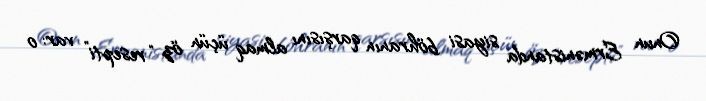
Onun Ermənistanda siyasi böhranın qarşısını almaq üçün öz “resepti” var: o